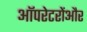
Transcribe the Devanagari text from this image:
ऑपरेटरोंऔर